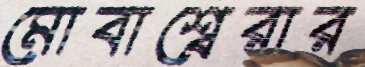
মোবাশ্বেরার